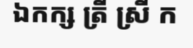
ឯកក្ស ត្រី ស្រី ក